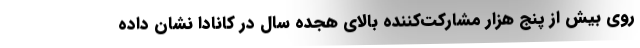
روی بیش از پنج هزار مشارکت‌کننده بالای هجده سال در کانادا نشان داده